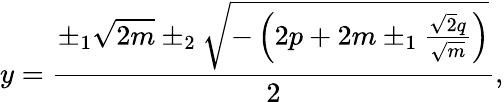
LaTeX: y={\frac{\pm_{1}{\sqrt{2m}}\pm_{2}{\sqrt{-\left(2p+2m\pm_{1}{\frac{{\sqrt{2}}q}{\sqrt{m}}}\right)}}}{2}},